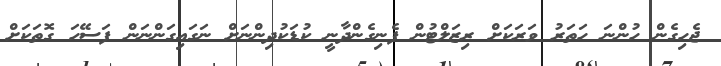
ޖެހިގެން ހުންނަ ހަތަރު ވަރަކަށް ރިޒަލްޓުން ފެނިގެންދާނީ ކުޑަކުދިންނަށް ނަގައިގަންނަން ފަސޭހަ ގޮތަކަށް